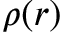
\rho ( r )